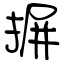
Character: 摒